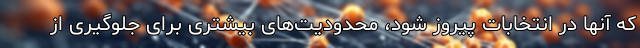
که آنها در انتخابات پیروز شود، محدودیت‌های بیشتری برای جلوگیری از